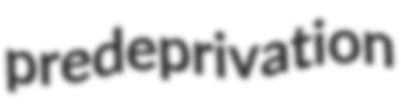
predeprivation